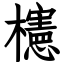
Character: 櫶